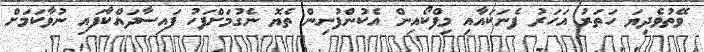
ވޭތުވެދިޔަ ހަތަރު އަހަރު ފެނަކައާއި މިފްކޯއިން އެކުންފުނިން ތެޔޮ ނެގުމަށްފަހު ފައިސާދައްކާފައި ނުވާކަމަށް